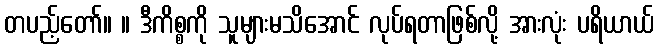
တပည့်တော်။ ။ ဒီကိစ္စကို သူများမသိအောင် လုပ်ရတာဖြစ်လို့ အားလုံး ပရိယာယ်